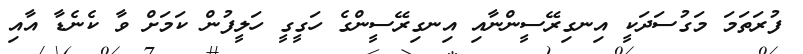
ފުރަތަމަ މަގުސަދަކީ އިނގިރޭސީންނާއި އިނގިރޭސީންގެ ހަގީގީ ހަލީފުން ކަމަށް ވާ ކެނެޑާ އާއި